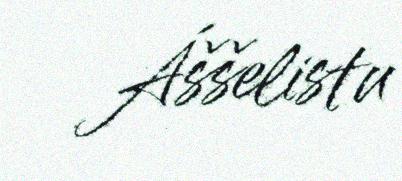
Áššelistu